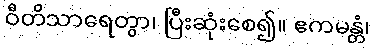
ဝီတိသာရေတွာ၊ ပြီးဆုံးစေ၍။ ဧကမန္တံ၊